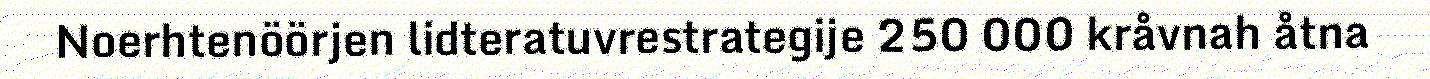
Noerhtenöörjen lidteratuvrestrategije 250 000 kråvnah åtna